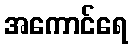
အကောင်ရေ